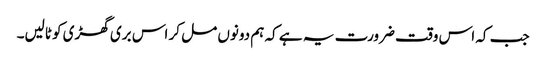
جب کہ اس وقت ضرورت یہ ہے کہ ہم دونوں مل کر اس بری گھڑی کو ٹالیں۔